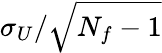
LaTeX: \sigma_{U}/\sqrt{N_{f}-1}